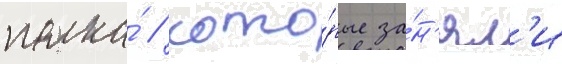
полка́ / кото́рые за́н'ял'и